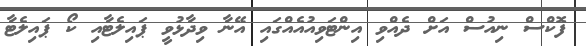
ފޮކްސް ނިއުސް އަށް ދެއްވި އިންޓަވިއުއެއްގައި އޭނާ ވިދާޅުވީ ޕައިލެޓާއި ކޯ ޕައިލެޓާ